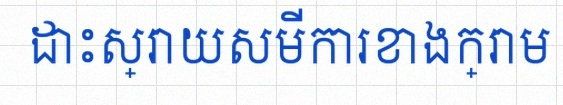
ដោះស្រាយសមីការខាងក្រោម